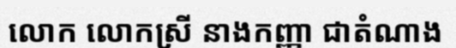
លោក លោកស្រី នាងកញ្ញា ជាតំណាង